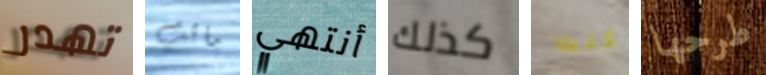
تهدر ماتت أنتهي كذلك كنت طرحها